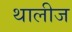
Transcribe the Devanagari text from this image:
थालीज